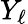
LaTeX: Y_{\ell}